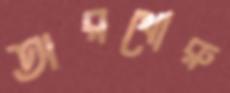
অরথোরু